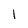
Character: 1